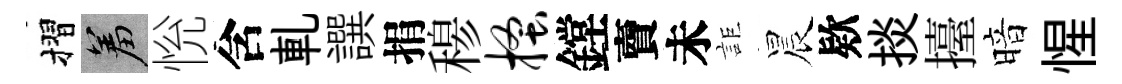
摺羞恱含軋譔捐𥠇搔鏜𧶠未詎晨欵掞擡暗惺